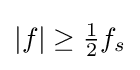
|f|\geq {\tfrac {1}{2}}f_{s}